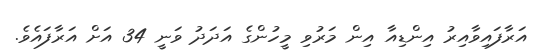
އަރާފައިވާއިރު އިންޑިއާ އިން މަރުވި މީހުންގެ އަދަދު ވަނީ 34 އަށް އަރާފައެވެ.